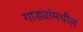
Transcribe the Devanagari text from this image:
गाड्यांमधील